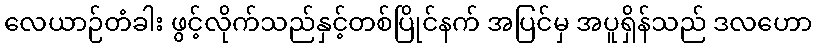
လေယာဉ်တံခါး ဖွင့်လိုက်သည်နှင့်တစ်ပြိုင်နက် အပြင်မှ အပူရှိန်သည် ဒလဟော